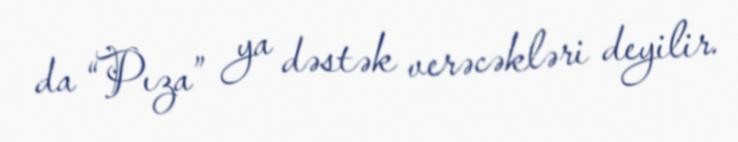
da “Pıza” ya dəstək verəcəkləri deyilir.